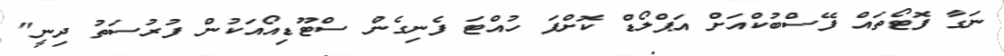
ނަގާ ފޮޓޯތައް ފޭސްބުކްއަށް އަޕްލޯޑް ކޮށްފަ ހުއްޓަ ފެނިގެން ސްޓޫޑިއޯއަކުން ފުރުސަތު ދިނީ"